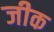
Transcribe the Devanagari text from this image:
जीक